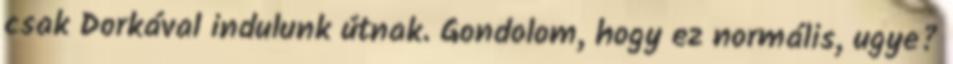
csak Dorkával indulunk útnak. Gondolom, hogy ez normális, ugye?